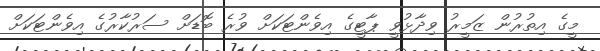
މީގެ އިތުރުން ޒަމީރު ވިދާޅުވީ ޕާޓީގެ އިވެންޓަކަށް ވުރެ ބޮޑަށް ސަރުކާރުގެ އިވެންޓަކަށް